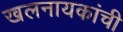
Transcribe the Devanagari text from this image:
खलनायकांची